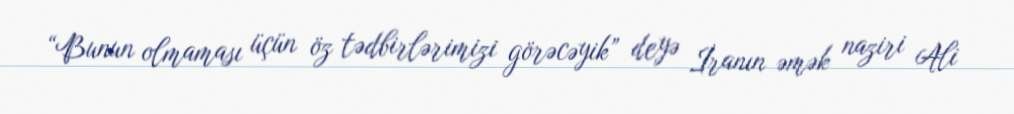
“Bunun olmaması üçün öz tədbirlərimizi görəcəyik” deyə İranın əmək naziri Ali